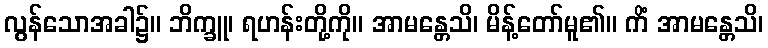
လွန်သောအခါ၌။ ဘိက္ခူ၊ ရဟန်းတို့ကို။ အာမန္တေသိ၊ မိန့်တော်မူ၏။ ကိံ အာမန္တေသိ၊